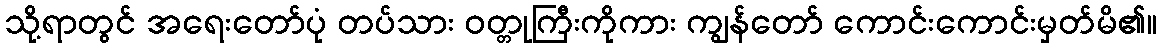
သို့ရာတွင် အရေးတော်ပုံ တပ်သား ဝတ္တုကြီးကိုကား ကျွန်တော် ကောင်းကောင်းမှတ်မိ၏။